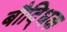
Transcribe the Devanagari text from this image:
बौदि्धक